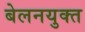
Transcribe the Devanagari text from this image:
बेलनयुक्त